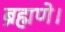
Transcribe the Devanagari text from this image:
ब्रह्मणे।